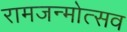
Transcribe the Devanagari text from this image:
रामजन्मोत्सव